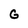
Character: G